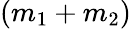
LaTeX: (m_{1}+m_{2})